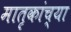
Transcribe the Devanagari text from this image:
मातृकांच्या